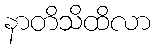
နာတိသိထိလာ